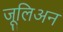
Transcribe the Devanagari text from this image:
जूलिअन